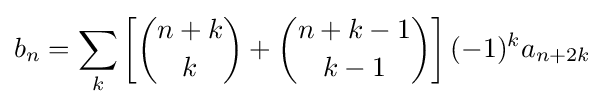
b_{n}=\sum _{k}\left[{\binom {n+k}{k}}+{\binom {n+k-1}{k-1}}\right](-1)^{k}a_{n+2k}